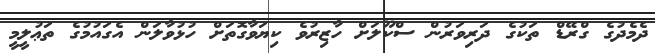
ދެމެދުގެ ގްރޭޑް ތަކުގެ ދަރިވަރުން ސްކޫލަށް ހާޒިރުވެ ކިޔަވާގޮތަށް ހުޅުވާލަން އެގައުމުގެ ތަޢުލީމީ